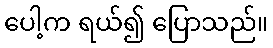
ပေါ့က ရယ်၍ ပြောသည်။